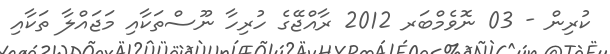
ކުރިން - 03 ނޮވެމްބަރ 2012 ރާއްޖޭގެ ހުރިހާ ނޫސްތަކާއި މަޖައްލާ ތަކާއި